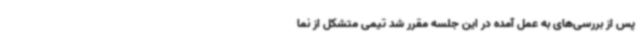
پس از بررسی‌های به عمل آمده در این جلسه مقرر شد تیمی متشکل از نما